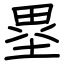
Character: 塁